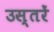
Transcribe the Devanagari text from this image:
उस्तरें